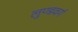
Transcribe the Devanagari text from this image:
लुण्डवर्ग